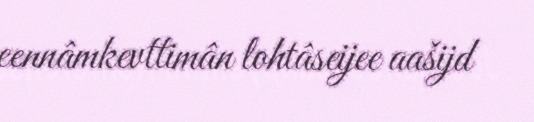
eennâmkevttimân lohtâseijee aašijd